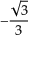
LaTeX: - { \frac { \sqrt { 3 } } { 3 } }